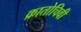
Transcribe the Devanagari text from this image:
क्रातोचिवी